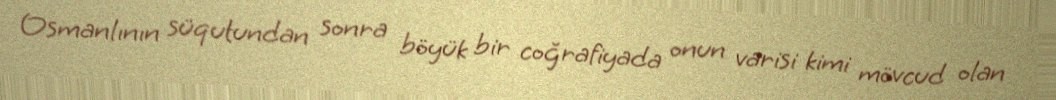
Osmanlının süqutundan sonra böyük bir coğrafiyada onun varisi kimi mövcud olan